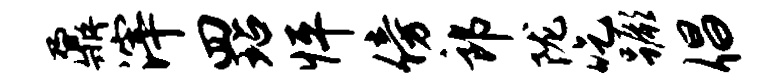
鼐滓四玷怦傍郎陇吃蹶倡